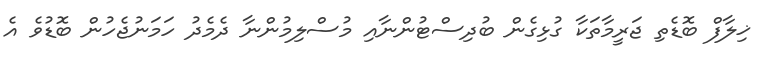
ޚިލާފް ބޮޑެތި ޖަރީމާތަކާ ގުޅިގެން ބުދިސްޓުންނާއި މުސްލިމުންނާ ދެމެދު ހަމަނުޖެހުން ބޮޑުވެ އެ